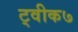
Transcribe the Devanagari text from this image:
ट्वीक७